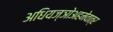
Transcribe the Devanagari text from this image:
अधियज्ञोअहमेवात्र